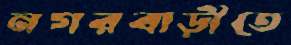
নগরবাড়ীতে